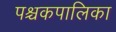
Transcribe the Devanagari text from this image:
पश्चकपालिका